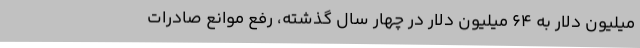
میلیون دلار به ۶۴ میلیون دلار در چهار سال گذشته، رفع موانع صادرات